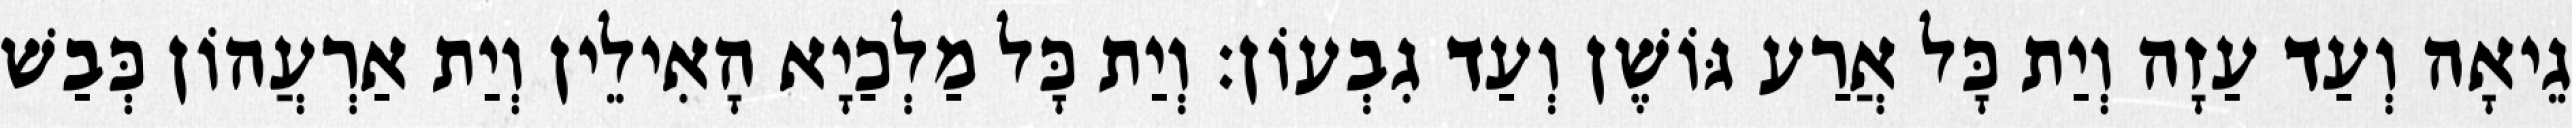
גֵיאָה וְעַד עַזָה וְיַת כָּל אֲרַע גּוֹשֶׁן וְעַד גִבְעוֹן׃ וְיַת כָּל מַלְכַיָא הָאִילֵין וְיַת אַרְעֲהוֹן כְּבַשׁ